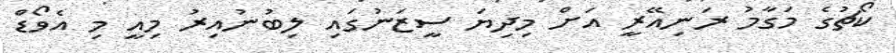
ކޯޗުގެ މަގާމު ރަނިއޭރީ އަށް މިދިޔަ ސީޒަނުގައި ލިބުނުއިރު މިއީ މި އެވޯޑް